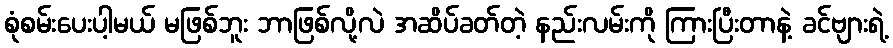
စုံစမ်းပေးပါ့မယ် မဖြစ်ဘူး ဘာဖြစ်လို့လဲ အဆိပ်ခတ်တဲ့ နည်းလမ်းကို ကြားပြီးတာနဲ့ ခင်ဗျားရဲ့